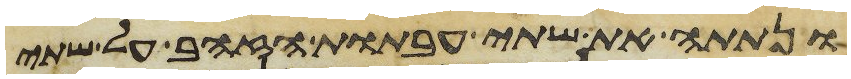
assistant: ונתתה את שתי העבתות הזהב על שתי